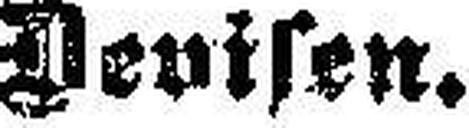
Devisen.